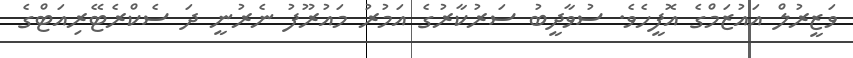
ވަޒީރުލް އައުޒަމްގެ އޮފީހެވެ. ސުވާދީބު ސަރުކާރުގެ އަމުރު މައުރޫފު ނެރުނީ ދަ ސެކްރެޓޭރިއަޓްގެ